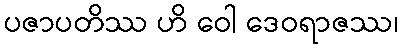
ပဇာပတိဿ ဟိ ဝေါ ဒေဝရာဇဿ၊